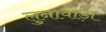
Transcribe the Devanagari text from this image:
लुनावाड़ा